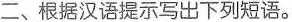
二、根据汉语提示写出下列短语。